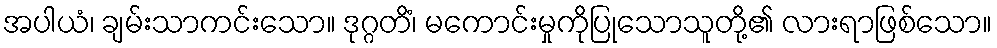
အပါယံ၊ ချမ်းသာကင်းသော။ ဒုဂ္ဂတိံ၊ မကောင်းမှုကိုပြုသောသူတို့၏ လားရာဖြစ်သော။